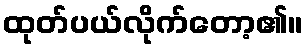
ထုတ်ပယ်လိုက်တော့၏။